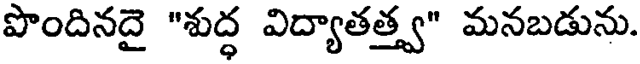
పొందినదై "శుద్ధ విద్యాతత్త్వ" మనబడును.